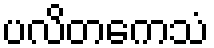
ပလိတကေသံ